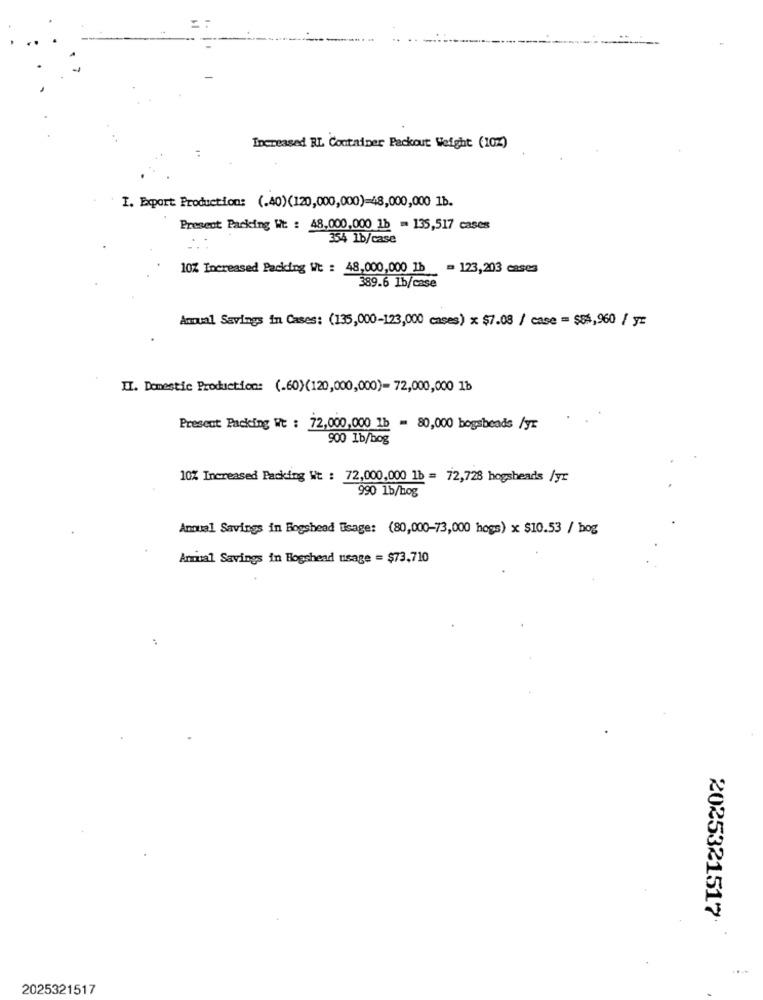
Increased RL Container Packout Weight (10%)
I. Export Production: (.40)(120,000,000)=48,000,000 1b.
Present Packing Wt : 48,000,000 1b = 135,517 cases
354 1b/case
10% Increased Packing Wt : 48,000,000 1b = 123,203 cases
389.6 1b/case
Anual Savings in Cases: (135,000-123,000 cases) x $7.08 / case = $$4,960 / y=
II. Domestic Production: (.60)(120,000,000)- 72,000,000 1b
Present Packing Wt : 72,000,000 1b = 80,000 bogsbeads /yr
900 1b/bog
10% Increased Packing Wt : 72,000,000 1b = 72,728 hogsbeads /yr
990 1b/bog
Anual Savings in Bogshead Usage: (80,000-73,000 hogs) x $10.53 / bog
Armial Savings in Bogshead usage = $73,710
2025321517
....
2025321517